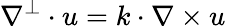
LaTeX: \nabla^{\perp}\cdot u=k\cdot\nabla\times u